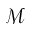
\mathcal { M }